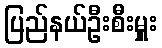
ပြည်နယ်ဦးစီးမှူး